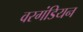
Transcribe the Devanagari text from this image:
वरगंडियन